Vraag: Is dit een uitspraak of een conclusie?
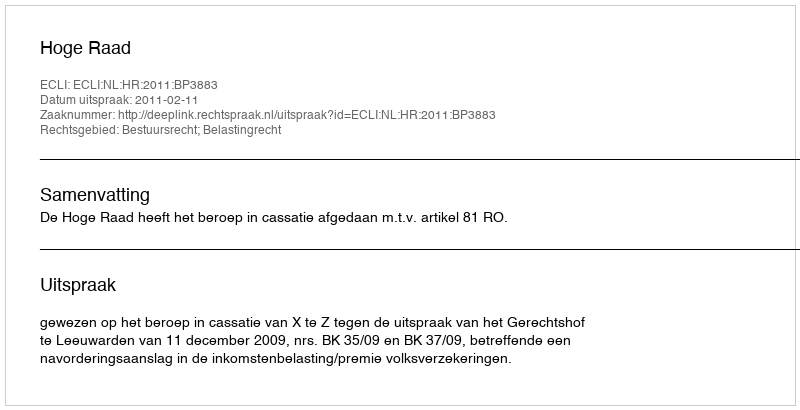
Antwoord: Uitspraak